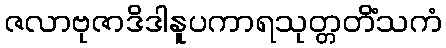
ဇလာဗုဇာဒိဒါနူပကာရသုတ္တတိံသကံ